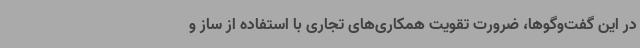
در این گفت‌وگوها، ضرورت تقویت همکاری‌های تجاری با استفاده از ساز و